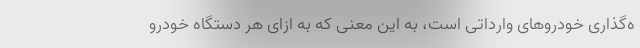
ه‌گذاری خودروهای وارداتی است، به این معنی که به ازای هر دستگاه خودرو